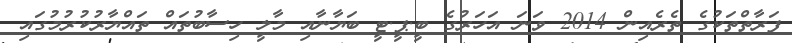
ފަރާތްތަކުގެ ތެރެއިން 2014 ވަނަ އަހަރުގެ ބީ.ޕީ.ޓީ ބަޔާނާއި މާލީ ހިސާބުތައް ތައްޔާރުކުރުމުގައި